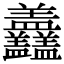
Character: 𥃣